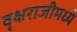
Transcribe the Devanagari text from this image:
वृक्षराजीमध्ये